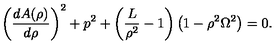
\left( { { \frac { d { A ( \rho ) } } { d \rho } } } \right) ^ { 2 } + p ^ { 2 } + \left( { \frac { L } { { \rho } ^ { 2 } } } - 1 \right) \left( 1 - { \rho } ^ { 2 } { \Omega } ^ { 2 } \right) = 0 .